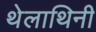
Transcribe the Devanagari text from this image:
थेलाथिनी